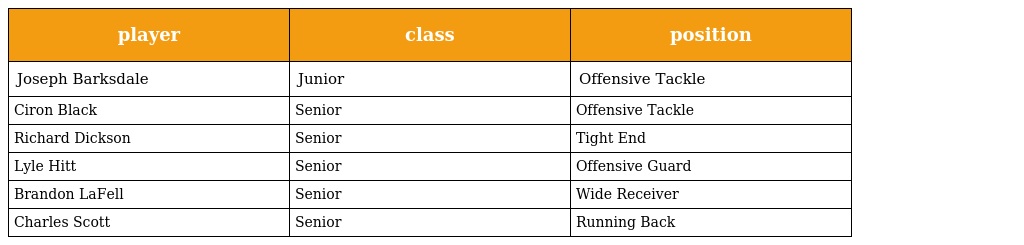
| player | class | position |
 | --- | --- | --- |
 | Joseph Barksdale | Junior | Offensive Tackle |
 | Ciron Black | Senior | Offensive Tackle |
 | Richard Dickson | Senior | Tight End |
 | Lyle Hitt | Senior | Offensive Guard |
 | Brandon LaFell | Senior | Wide Receiver |
 | Charles Scott | Senior | Running Back |